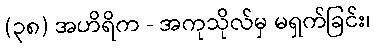
(၃၈) အဟိရိက - အကုသိုလ်မှ မရှက်ခြင်း၊